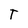
Character: T